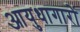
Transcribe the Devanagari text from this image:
आयुधागारों